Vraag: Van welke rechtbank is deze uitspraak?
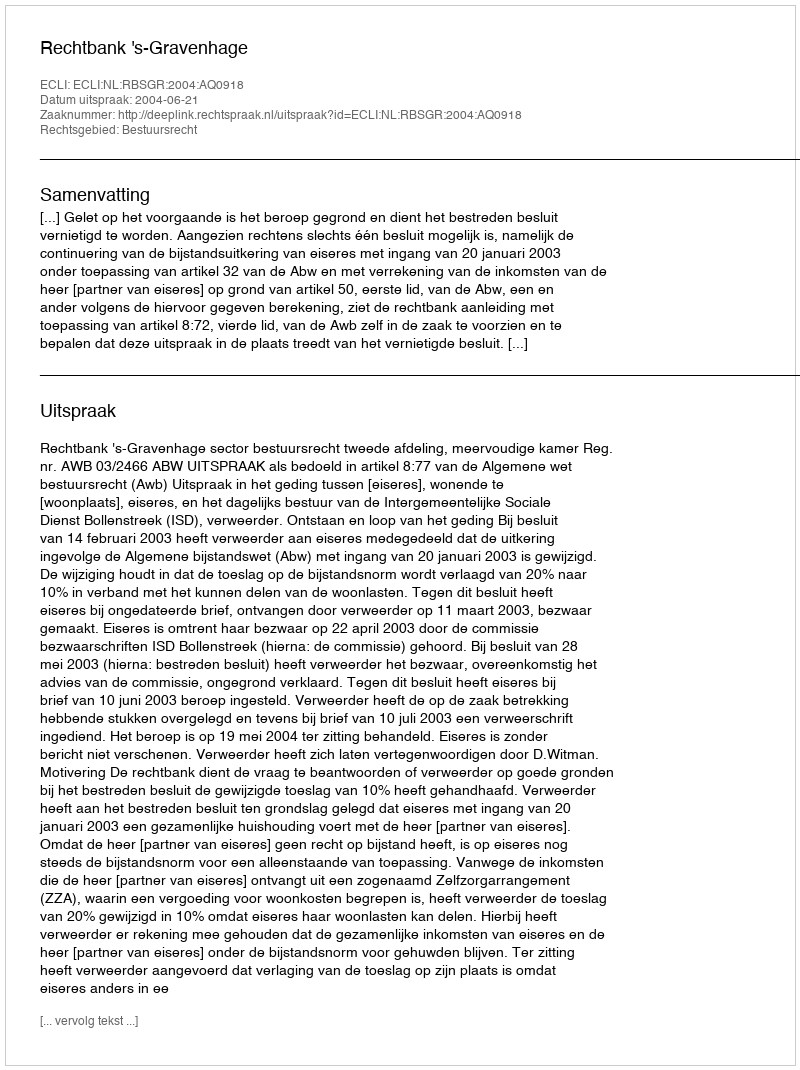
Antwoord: Rechtbank 's-Gravenhage